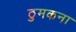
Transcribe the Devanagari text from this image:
ठुमकना